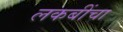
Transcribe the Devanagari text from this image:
लकबींचा